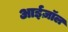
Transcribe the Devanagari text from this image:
आईज़ॉल